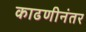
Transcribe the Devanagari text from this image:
काढणीनंतर